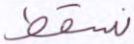
نسقط